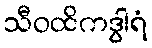
သီဝထိကဒွါရံ